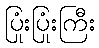
ပြုံးပြုံးကြီး